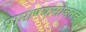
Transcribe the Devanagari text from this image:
प्रामाण्यासोबतच